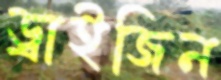
ড্রাইজিন